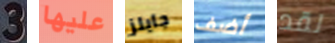
3 عليها جايلز أضف لقد